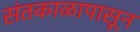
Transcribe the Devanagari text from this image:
संतकाळापासून